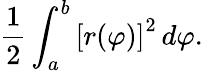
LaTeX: {\frac{1}{2}}\int_{a}^{b}\left[r(\varphi)\right]^{2}\, d\varphi.